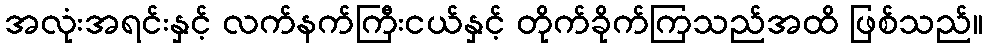
အလုံးအရင်းနှင့် လက်နက်ကြီးငယ်နှင့် တိုက်ခိုက်ကြသည်အထိ ဖြစ်သည်။